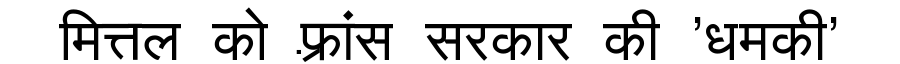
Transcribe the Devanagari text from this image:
मित्तल को फ़्रांस सरकार की 'धमकी'